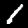
Label: 1